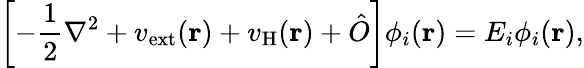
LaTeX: \left[-\frac{1}{2}\nabla^{2}+v_{\mathrm{ext}}(\mathbf{r})+v_{\mathrm{H}}(\mathbf{r})+\hat{O}\right]\phi_{i}(\mathbf{r})=E_{i}\phi_{i}(\mathbf{r}),